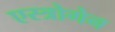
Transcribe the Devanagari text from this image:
एस्त्रोगेन